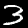
Digit: 3